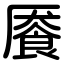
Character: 餍